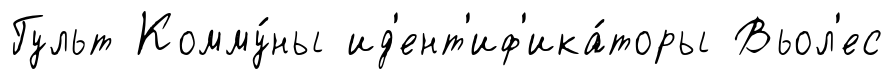
Гульт Комму́ны ид'ент'иф'ика́торы Вьол'ес